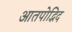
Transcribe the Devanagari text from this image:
आतपोद्भिद